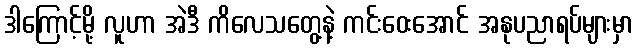
ဒါကြောင့်မို့ လူဟာ အဲဒီ ကိလေသတွေ့နဲ့ ကင်းဝေးအောင် အနုပညာရပ်များမှာ